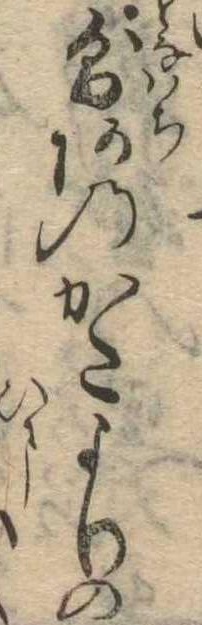
則あのかたよりの